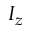
I _ { z }